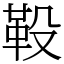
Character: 䩔